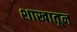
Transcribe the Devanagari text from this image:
शाखातून